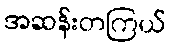
အဆန်းတကြယ်